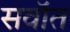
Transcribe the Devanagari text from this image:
सवॉत